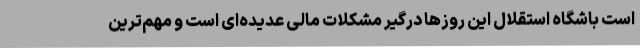
است باشگاه استقلال این روزها درگیر مشکلات مالی عدیده‌ای است و مهم‌ترین